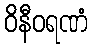
ဝိနီဝရဏံ